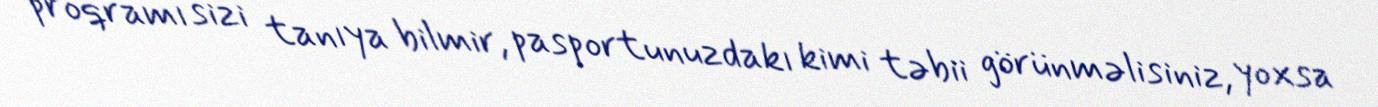
proqramı sizi tanıya bilmir, pasportunuzdakı kimi təbii görünməlisiniz, yoxsa